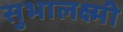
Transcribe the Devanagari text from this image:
सुभालक्ष्मी